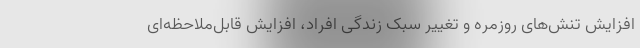
افزایش تنش‌های روزمره و تغییر سبک زندگی افراد، افزایش قابل‌ملاحظه‌ای